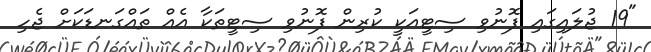
"19 ޖުލައިގައި ފޮނުވި ސިޓީއަކީ ކުރިން ފޮނުވި ސިޓީތަކާ އެއް ތައްގަނޑަކަށް ޖެހި